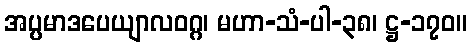
အပ္ပမာဒပေယျာလဝဂ္ဂ၊ မဟာ-သံ-ပါ-၃၈၊ ဋ္ဌ-၁၇၀။